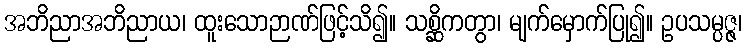
အဘိညာအဘိညာယ၊ ထူးသောဉာဏ်ဖြင့်သိ၍။ သစ္ဆိကတွာ၊ မျက်မှောက်ပြု၍။ ဥပသမ္ပဇ္ဇ၊